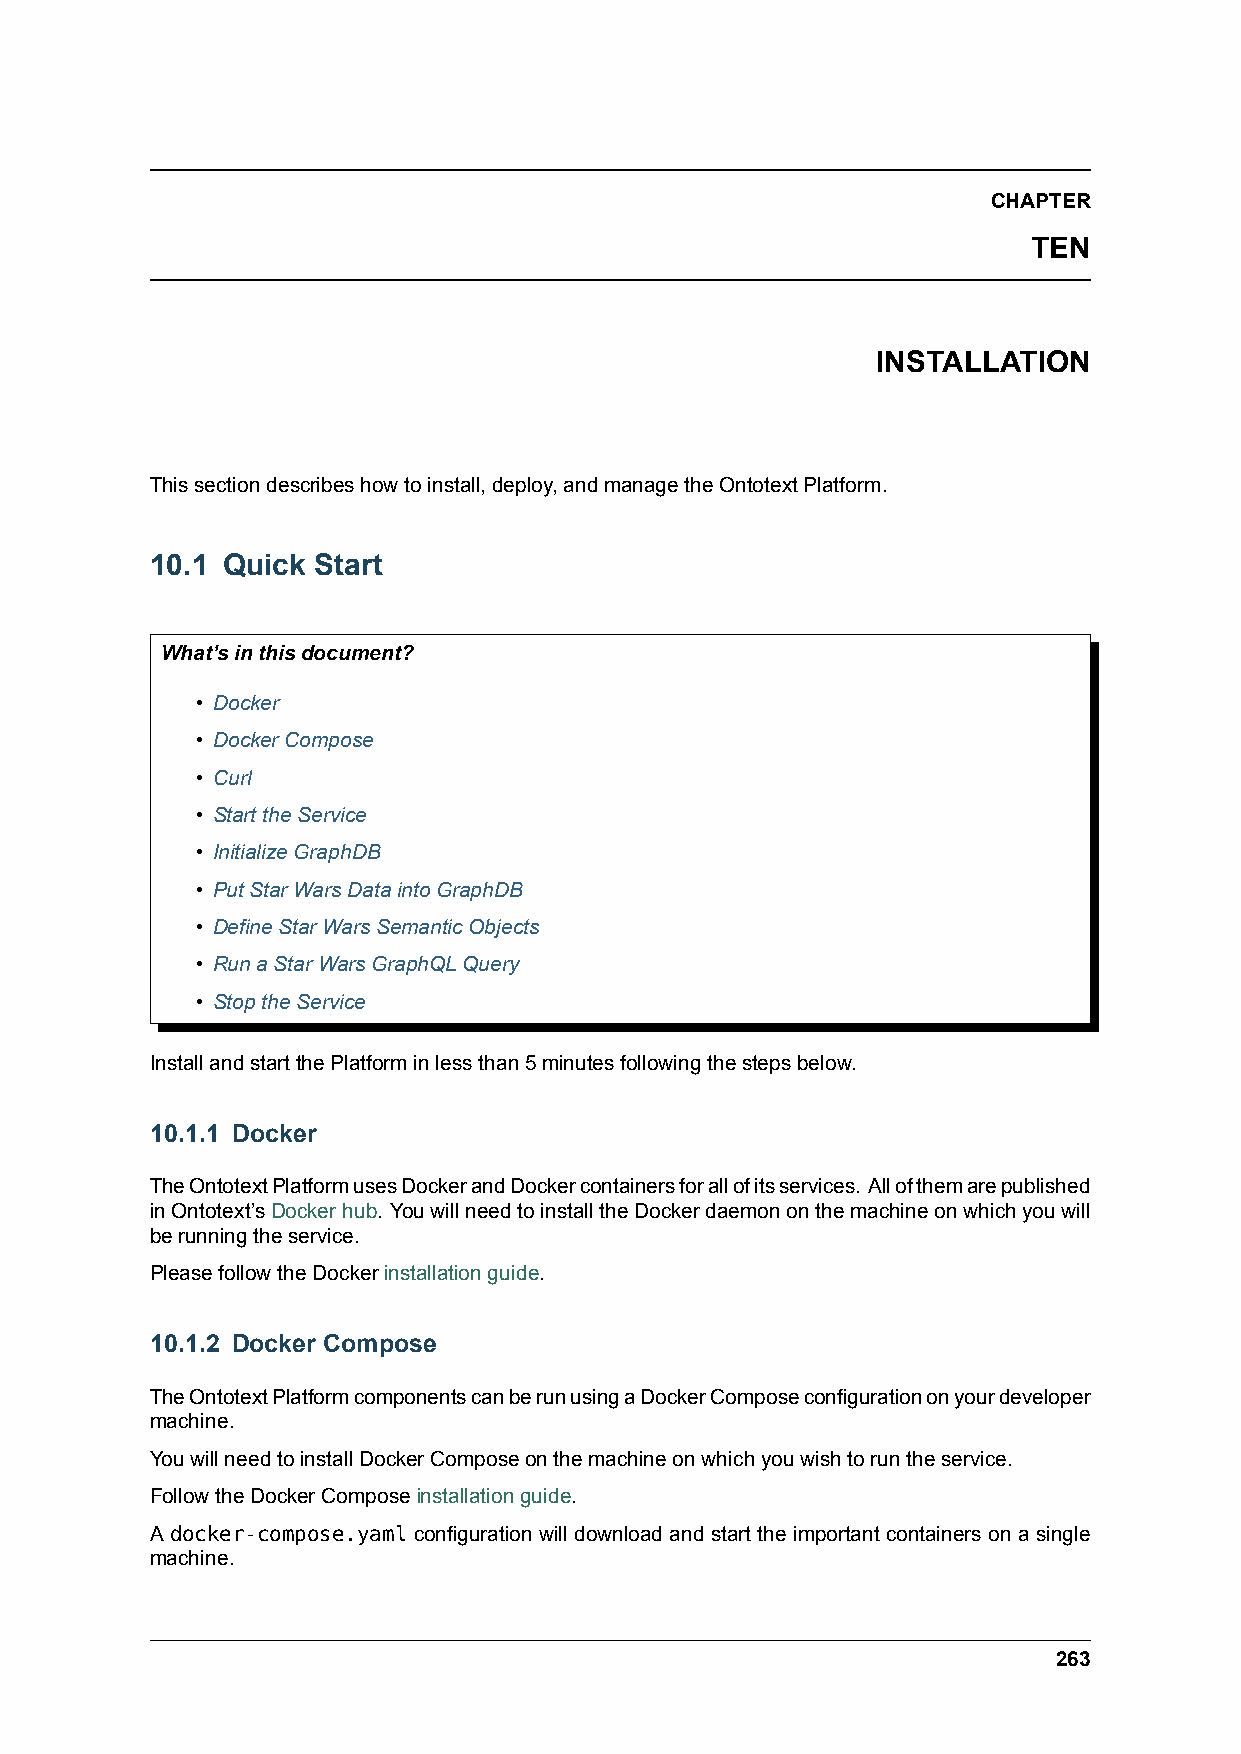
CHAPTER
 TEN
 INSTALLATION
 Thissectiondescribeshowtoinstall,deploy,andmanagetheOntotextPlatform.
 10.1 Quick Start
 What’sinthisdocument?
 • Docker
 • DockerCompose
 • Curl
 • StarttheService
 • InitializeGraphDB
 • PutStarWarsDataintoGraphDB
 • DefineStarWarsSemanticObjects
 • RunaStarWarsGraphQLQuery
 • StoptheService
 InstallandstartthePlatforminlessthan5minutesfollowingthestepsbelow.
 10.1.1 Docker
 TheOntotextPlatformusesDockerandDockercontainersforallofitsservices. Allofthemarepublished
 inOntotext’sDockerhub. YouwillneedtoinstalltheDockerdaemononthemachineonwhichyouwill
 berunningtheservice.
 PleasefollowtheDockerinstallationguide.
 10.1.2 Docker Compose
 TheOntotextPlatformcomponentscanberunusingaDockerComposeconfigurationonyourdeveloper
 machine.
 YouwillneedtoinstallDockerComposeonthemachineonwhichyouwishtoruntheservice.
 FollowtheDockerComposeinstallationguide.
 A docker-compose.yaml configuration will download and start the important containers on a single
 machine.
 263